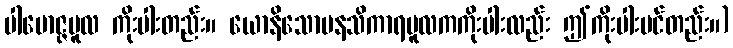
ပါမောဇ္ဇမူလ ကိုးပါးတည်း။ ယောနိသောမနသိကာရမူလကကိုးပါးလည်း ဤကိုးပါးပင်တည်း။)